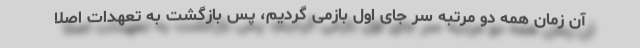
آن زمان همه دو مرتبه سر جای اول بازمی گردیم، پس بازگشت به تعهدات اصلا